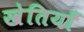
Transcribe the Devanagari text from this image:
खेतियाँ